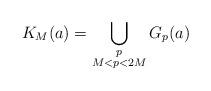
LaTeX: \begin{align*}K_M(a)=\bigcup_{\substack{p \\M<p< 2M}} G_p(a)\end{align*}